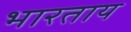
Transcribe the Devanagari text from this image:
भारताय